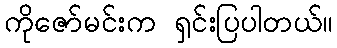
ကိုဇော်မင်းက ရှင်းပြပါတယ်။